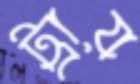
ট্রায়